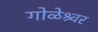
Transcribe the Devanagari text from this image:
गोळेश्र्वर